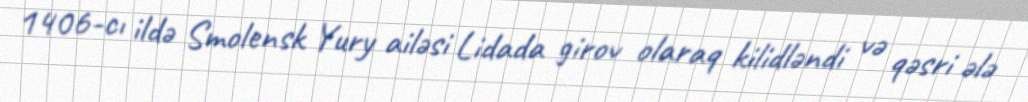
1406-cı ildə Smolensk Yury ailəsi Lidada girov olaraq kilidləndi və qəsri ələ